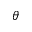
\theta